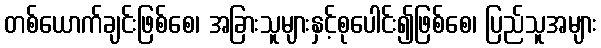
တစ်ယောက်ချင်းဖြစ်စေ၊ အခြားသူများနှင့်စုပေါင်း၍ဖြစ်စေ၊ ပြည်သူအများ